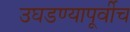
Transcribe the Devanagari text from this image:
उघडण्यापूर्वीच